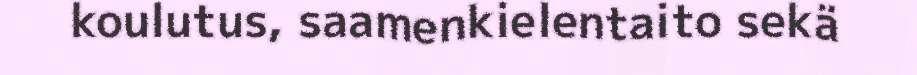
koulutus, saamenkielentaito sekä